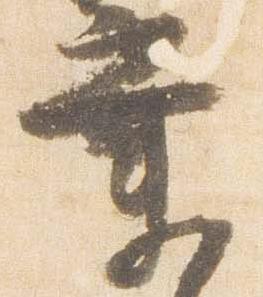
業